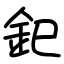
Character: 釲